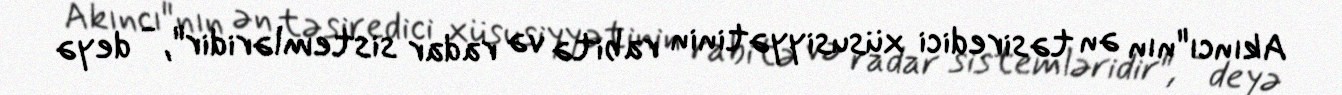
Akıncı"nın ən təsiredici xüsusiyyətinin rabitə və radar sistemləridir", - deyə